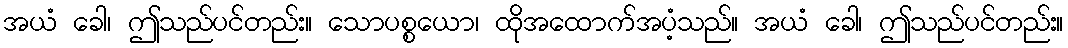
အယံ ခေါ၊ ဤသည်ပင်တည်း။ သောပစ္စယော၊ ထိုအထောက်အပံ့သည်။ အယံ ခေါ၊ ဤသည်ပင်တည်း။